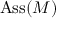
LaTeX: \operatorname { A s s } ( M )